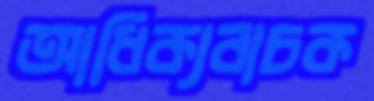
আধিক্যবাচক